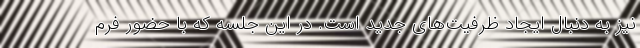
نیز به دنبال ایجاد ظرفیت‌های جدید است. در این جلسه که با حضور فرم